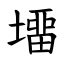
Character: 㙧